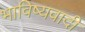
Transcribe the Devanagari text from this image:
भाविष्यवादी